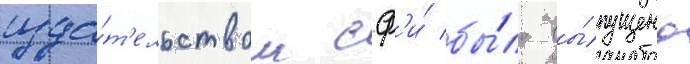
изда́т'ельством сф'и́ бы́ло вы́пущено